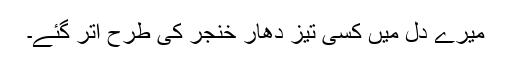
میرے دل میں کسی تیز دھار خنجر کی طرح اتر گئے۔